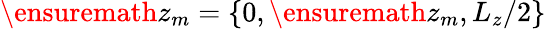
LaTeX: \ensuremath{z_{m}}=\{ 0,\ensuremath{z_{m}},L_{z}/2\}